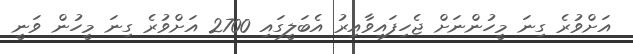
އަށްވުރެ ގިނަ މީހުންނަށް ޖެހިފައިވާއިރު އެބަލީގައި 2700 އަށްވުރެ ގިނަ މީހުން ވަނީ